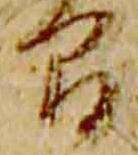
間